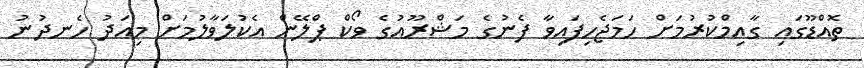
ތޮއްޑޫގައި ގާއިމްކުރުމަށް ހަމަޖެހިފައިވާ ފެނުގެ މަޝްރޫއުގެ ވޯކް ޕްލޭން އެކުލަވާލުމަށް މިއަދު ހެނދުނު